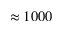
\approx 1 0 0 0